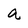
Character: a